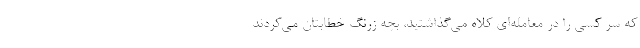
که سر کسی را در معامله‌ای کلاه می‌گذاشتید، بچه زرنگ خطابتان می‌کردند